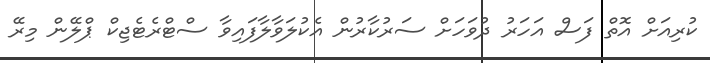
ކުރިއަށް އޮތް ފަސް އަހަރު ދުވަހަށް ސަރުކާރުން އެކުލަވާލާފައިވާ ސްޓްރެޓެޖިކް ޕްލޭން މިރޭ